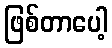
ဖြစ်တာပေါ့